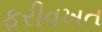
ફરીવખત